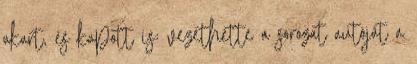
akart, és kapott is: vezethette a sorozat autóját a